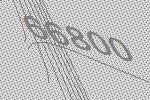
66800